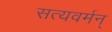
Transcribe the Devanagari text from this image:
सत्यवर्मन्